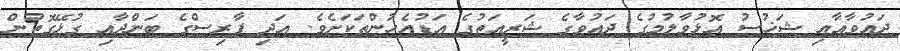
ދައުވާއާއި ޝަޚުސު އޮޅުވާލުމުގެ ދައުވާގެ ޝަރީއަތުގެ އަޑުއެހުންތަކަށެވެ. އަދި ފާރިސްގެ ބަންދާއި ގުޅޭގޮތުން